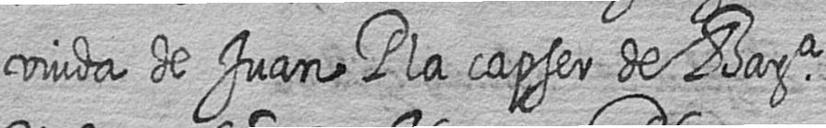
viuda de Juan Pla capser de Bara